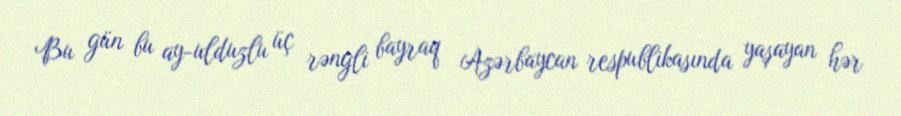
Bu gün bu ay-ulduzlu üç rəngli bayraq Azərbaycan respublikasında yaşayan hər